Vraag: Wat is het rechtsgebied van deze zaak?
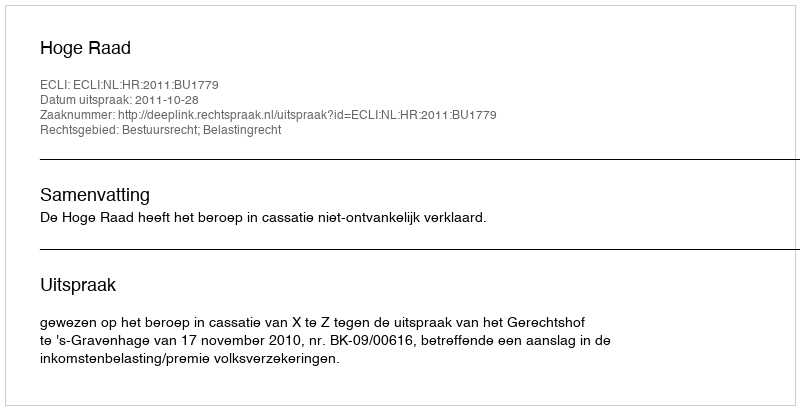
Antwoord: Bestuursrecht; Belastingrecht